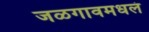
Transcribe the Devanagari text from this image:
जळगावमधलं